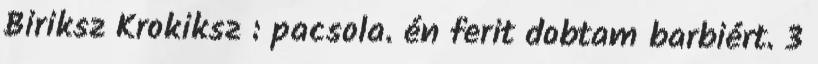
Biriksz Krokiksz : pacsola. én ferit dobtam barbiért. 3